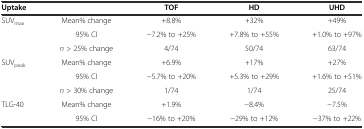
| Uptake |  | TOF | HD | UHD |
 | --- | --- | --- | --- | --- |
 | SUVmax | Mean% change | +8.8% | +32% | +49% |
 |  | 95% CI | −7.2% to +25% | +7.8% to +55% | +1.0% to +97% |
 |  | n > 25% change | 4/74 | 50/74 | 63/74 |
 | SUVpeak | Mean% change | +6.9% | +17% | +27% |
 |  | 95% CI | −5.7% to +20% | +5.3% to +29% | +1.6% to +51% |
 |  | n > 30% change | 1/74 | 1/74 | 25/74 |
 | TLG-40 | Mean% change | +1.9% | −8.4% | −7.5% |
 |  | 95% CI | −16% to +20% | −29% to +12% | −37% to +22% |